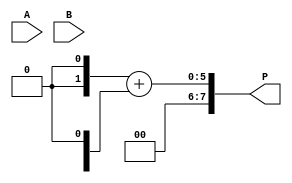
module dadda_multiplier #(parameter N = 4) (
    input [N-1:0] A, // Multiplicand
    input [N-1:0] B, // Multiplier
    output [2*N-1:0] P // Product
);

    // Partial product generation
    wire [N-1:0] pp [0:N-1]; // Partial products
    genvar i, j;
    generate
        for (i = 0; i < N; i = i + 1) begin : gen_partial_products
            assign pp[i] = A & {N{B[i]}};
        end
    endgenerate

    // Reduction tree
    wire [N-1:0] sum [0:N-1]; // Sums at each stage
    wire [N-1:0] carry [0:N-1]; // Carries at each stage

    // Stage 1: First reduction
    generate
        for (i = 0; i < N-1; i = i + 1) begin : stage1
            if (i < N-1) begin
                assign {carry[0][i], sum[0][i]} = pp[i][0] + pp[i+1][0];
            end
        end
    endgenerate

    // Stage 2: Second reduction
    generate
        for (i = 0; i < N-1; i = i + 1) begin : stage2
            if (i < N-2) begin
                assign {carry[1][i], sum[1][i]} = sum[0][i] + pp[i+1][1] + carry[0][i];
            end
        end
    endgenerate

    // Continue reduction stages as necessary
    // This is a simplified version; you may need to add more stages based on the Dadda algorithm

    // Final addition
    wire [2*N-1:0] final_sum;
    assign final_sum = {sum[N-1], 1'b0} + {carry[N-1], 1'b0}; // Adjust for final carry

    // Output product
    assign P = final_sum;

endmodule